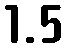
1.5